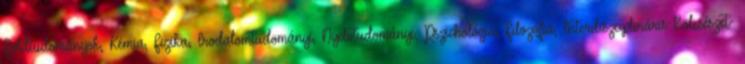
Földtudományok, Kémia, Fizika, Irodalomtudományi, Nyelvtudományi, Pszichológia, Filozófia, Interdiszciplináris Bölcsészet-